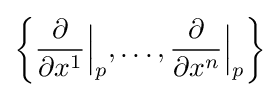
\left\{{\frac {\partial }{\partial x^{1}}}{\Big |}_{p},\dotsc ,{\frac {\partial }{\partial x^{n}}}{\Big |}_{p}\right\}